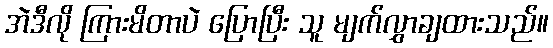
အဲဒီလို ကြားမိတာပဲ ပြောပြီး သူ မျက်လွှာချထားသည်။